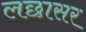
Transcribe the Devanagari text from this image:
लछासर